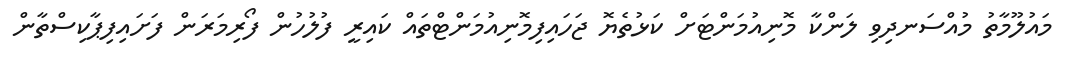
މައުލޫމާތު މުއްސަނދިވި ލަންކާ މޮނިއުމަންޓަށް ކަޅުތެޔޮ ޖަހައިފިމޮނިއުމަންޓްތައް ކައިރީ ފުލުހުން ފޯރިމަރަން ފަށައިފިޕާކިސްތާން